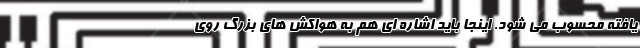
یافته محسوب می شود. اینجا باید اشاره ای هم به هواکش های بزرگ روی